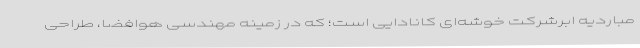
مباردیه ابرشرکت خوشه‌ای کانادایی است؛ که در زمینه مهندسی هوافضا، طراحی